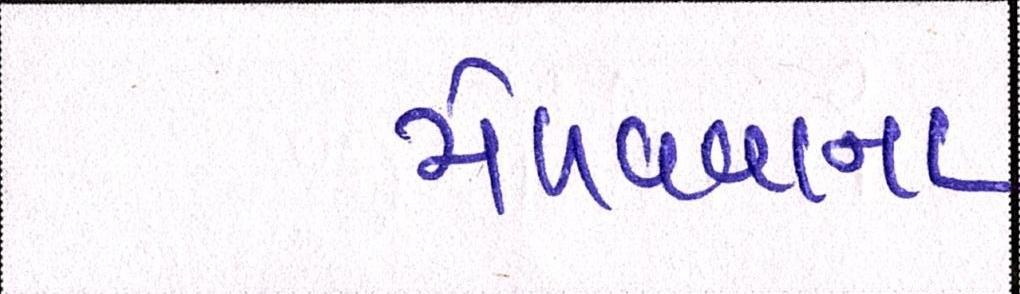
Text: મેળવવાના